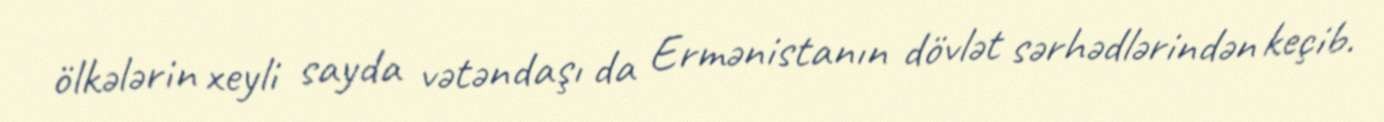
ölkələrin xeyli sayda vətəndaşı da Ermənistanın dövlət sərhədlərindən keçib.